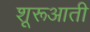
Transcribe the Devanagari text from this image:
शूरूआती